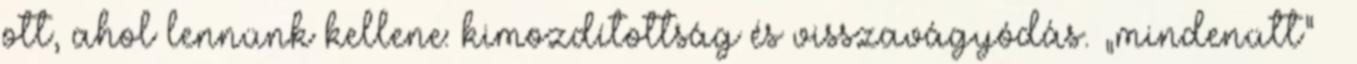
ott, ahol lennünk kellene: kimozdítottság és visszavágyódás. „mindenütt” –